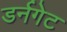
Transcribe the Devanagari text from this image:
डर्नगेट